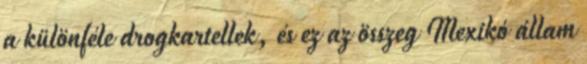
a különféle drogkartellek, és ez az összeg Mexikó állam